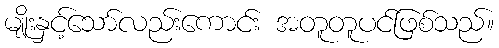
မျိုးနှင့်သော်လည်းကောင်း အတူတူပင်ဖြစ်သည်။